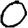
Digit: 0